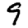
Digit: 9